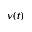
\nu ( t )